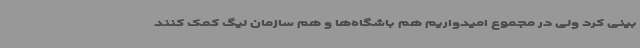
بینی کرد ولی در مجموع امیدواریم هم باشگاه‌ها و هم سازمان لیگ کمک کنند